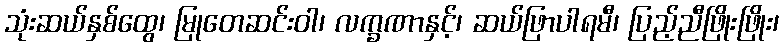
သုံးဆယ်နှစ်ထွေ၊ မြုတေဆင်းဝါ၊ လက္ခဏာနှင့်၊ ဆယ်ဖြာပါရမီ၊ ပြည့်ညီဖြိုးဖြိုး၊